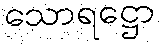
သောရဋ္ဌော